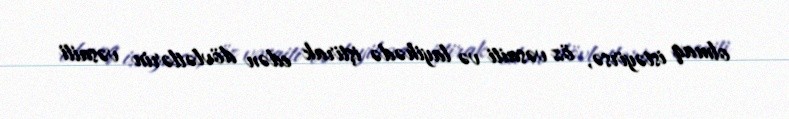
olmaq istəyirsə, öz vəsaiti və layihədə iştirak edən dövlətlərin vəsaiti